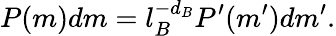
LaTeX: P(m)dm=l_{B}^{-d_{B}}P^{\prime}(m^{\prime})dm^{\prime}.